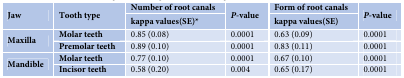
<table><thead><tr><td rowspan="2"><b>Jaw</b></td><td rowspan="2"><b>Tooth type</b></td><td><b>Number of root canals</b></td><td rowspan="2"><b><i>P</i>-value</b></td><td><b>Form of root canals</b></td><td rowspan="2"><b><i>P</i>-value</b></td></tr><tr><td><b>kappa values(SE)*</b></td><td><b>kappa values(SE)</b></td></tr></thead><tbody><tr><td rowspan="2"><b>Maxilla</b></td><td><b>Molar teeth</b></td><td>0.85 (0.08)</td><td>0.0001</td><td>0.63 (0.09)</td><td>0.0001</td></tr><tr><td><b>Premolar teeth</b></td><td>0.89 (0.10)</td><td>0.0001</td><td>0.83 (0.11)</td><td>0.0001</td></tr><tr><td rowspan="2"><b>Mandible</b></td><td><b>Molar teeth</b></td><td>0.77 (0.10)</td><td>0.0001</td><td>0.67 (0.10)</td><td>0.0001</td></tr><tr><td><b>Incisor teeth</b></td><td>0.58 (0.20)</td><td>0.004</td><td>0.65 (0.17)</td><td>0.0001</td></tr></tbody></table>